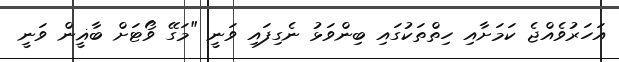
އަހަރުވެއްޖެ ކަމަށާއި ހިތްތަކުގައި ބިންވަޅު ނެގިފައި ވަނީ "މަގޭ ވޯޓަށް ބާޣީން ވަނީ